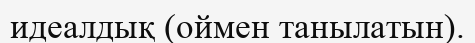
идеалдық (оймен танылатын).